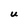
Character: U